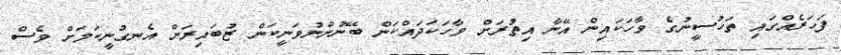
ފަހަރެއްގައި ތަހުސީނުގެ ވާހަކައިން އޭނާ އިތުރަށް ވާހަކަދައްކަން ބޭނުންނުވަނީކަން ޒުބައިރަށް އެނގުނީކަމަށް ވެސް